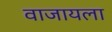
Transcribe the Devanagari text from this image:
वाजायला